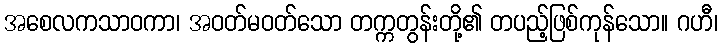
အစေလကသာဝကာ၊ အဝတ်မဝတ်သော တက္ကတွန်းတို့၏ တပည့်ဖြစ်ကုန်သော။ ဂဟီ၊